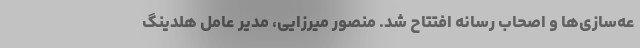
عه‌سازی‌ها و اصحاب رسانه افتتاح شد. منصور میرزایی، مدیر عامل هلدینگ